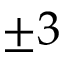
\pm 3